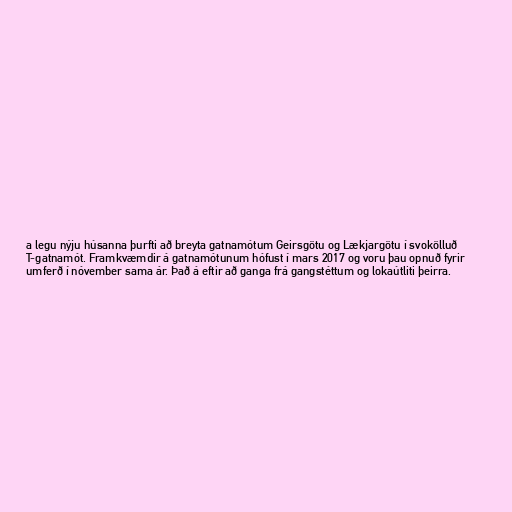
a legu nýju húsanna þurfti að breyta gatnamótum Geirsgötu og Lækjargötu í svokölluð
T-gatnamót. Framkvæmdir á gatnamótunum hófust í mars 2017 og voru þau opnuð fyrir
umferð í nóvember sama ár. Það á eftir að ganga frá gangstéttum og lokaútliti þeirra.